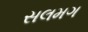
સલમગ